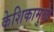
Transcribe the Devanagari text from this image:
केशिकामुळे